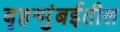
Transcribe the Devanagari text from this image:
बृहन्मुंबईतील